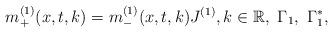
LaTeX: \begin{align*} m^{(1)}_{+}(x,t,k)=m^{(1)}_{-}(x,t,k)J^{(1)}, k\in\mathbb{R}, \ \Gamma_1, \ \Gamma_1^*,\end{align*}